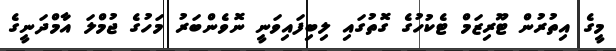
މީގެ އިތުރުން ޓޫރިޒަމް ޓެކުހުގެ ގޮތުގައި ލިބިފައިވަނީ ނޮވެންބަރު މަހުގެ ޖުމްލަ އާމްދަނީގެ